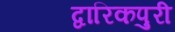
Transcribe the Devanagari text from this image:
द्वारिकपुरी